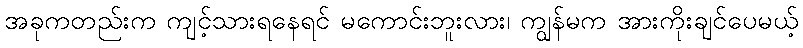
အခုကတည်းက ကျင့်သားရနေရင် မကောင်းဘူးလား၊ ကျွန်မက အားကိုးချင်ပေမယ့်